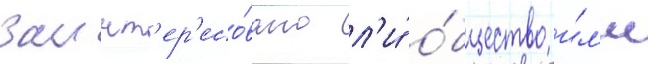
Заинт'ер'есо́вано л'и́ о́бщество и́л'и